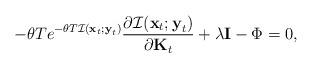
LaTeX: \begin{align*}-\theta Te^{-\theta T\mathcal{I}(\boldsymbol{\mathrm{x}}_t;\boldsymbol{\mathrm{y}}_t)}\frac{\partial\mathcal{I}(\boldsymbol{\mathrm{x}}_t;\boldsymbol{\mathrm{y}}_t)}{\partial\boldsymbol{\mathrm{K}}_t}+\lambda\boldsymbol{\mathrm{I}}-\Phi=0,\end{align*}